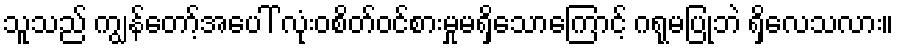
သူသည် ကျွန်တော့်အပေါ် လုံးဝစိတ်ဝင်စားမှုမရှိသောကြောင့် ဂရုမပြုဘဲ ရှိလေသလား။